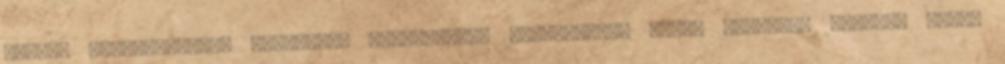
hírrel szolgálhatok. Meglepően aktívkódtok mostanában, ezért köszönet nektek. Talán